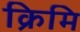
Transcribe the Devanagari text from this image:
क्रिमि